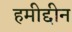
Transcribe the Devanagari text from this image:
हमीद्दीन